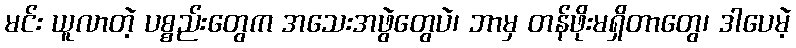
မင်း ယူလာတဲ့ ပစ္စည်းတွေက အသေးအဖွဲတွေပဲ၊ ဘာမှ တန်ဖိုးမရှိတာတွေ၊ ဒါပေမဲ့